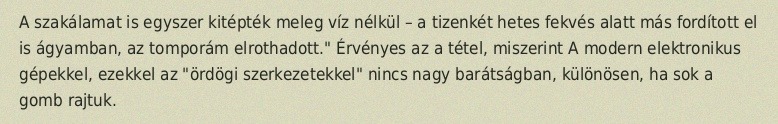
A szakálamat is egyszer kitépték meleg víz nélkül – a tizenkét hetes fekvés alatt más fordított el is ágyamban, az tomporám elrothadott." Érvényes az a tétel, miszerint A modern elektronikus gépekkel, ezekkel az "ördögi szerkezetekkel" nincs nagy barátságban, különösen, ha sok a gomb rajtuk.